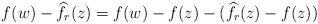
LaTeX: \begin{align*}f(w)-\widehat{f}_r(z)=f(w)-f(z)-(\widehat{f}_r(z)-f(z))\end{align*}